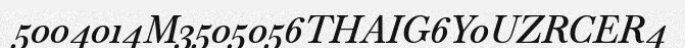
5004014M3505056THAIG6Y0UZRCER4